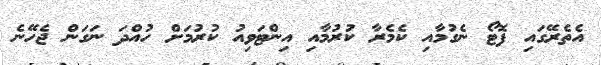
އެތެރޭގައި ފޮޓޯ ނެގުމާއި ކެމެރާ ކުރުމާއި އިންޓަވިއު ކުރުމަށް ހުއްދަ ނަގަން ޖެހޭނެ